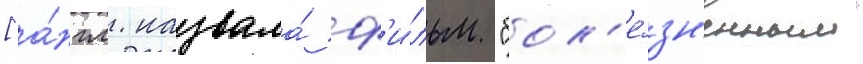
[а́нгл. назвала́ ф'и́льм "бол'е́зн'енным"